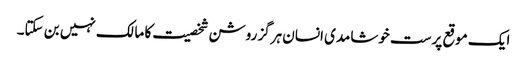
ایک موقع پرست خوشامدی انسان ہرگز روشن شخصیت کا مالک نہیں بن سکتا۔